Annual administration report of the Civil Veterinary Department of India - 1909-1910
Year: 1909
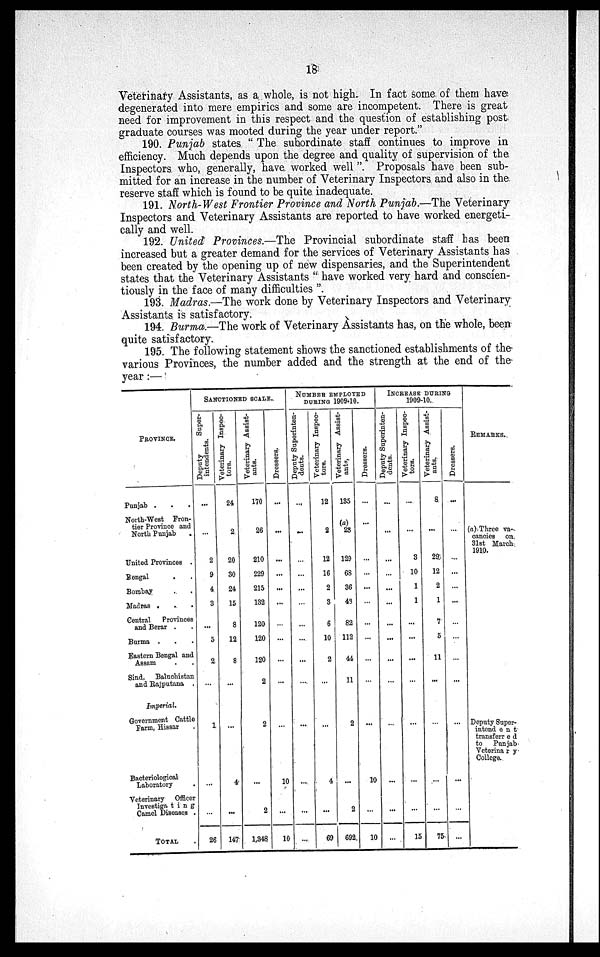
18
Veterinary Assistants, as a whole, is not high. In fact some of them have
degenerated into mere empirics and some are incompetent. There is great
need for improvement in this respect and the question of establishing post
graduate courses was mooted during the year under report."
190. Punjab states "The subordinate staff continues to improve in
efficiency. Much depends upon the degree and quality of supervision of the
Inspectors who, generally, have worked well". Proposals have been sub-
mitted for an increase in the number of Veterinary Inspectors and also in the
reserve staff which is found to be quite inadequate.
191. North-West Frontier Province and North Punjab.—The Veterinary
Inspectors and Veterinary Assistants are reported to have worked energeti-
cally and well.
192. United Provinces.—The Provincial subordinate staff has been
increased but a greater demand for the services of Veterinary Assistants has
been created by the opening up of new dispensaries, and the Superintendent
states that the Veterinary Assistants "have worked very hard and conscien-
tiously in the face of many difficulties".
193. Madras.—The work done by Veterinary Inspectors and Veterinary
Assistants is satisfactory.
194. Burma.—The work of Veterinary Assistants has, on the whole, been
quite satisfactory.
195. The following statement shows the sanctioned establishments of the
various Provinces, the number added and the strength at the end of the
year:—
PROVINCE,
Punjab .
North-West Fron-
tier Province and
North Punjab
.
United Provinces .
Bengal
Bombay
Madras .
Central
Provinces
and Berar .
Burma .
Eastern Bengal and
Assam
Sind, Baluchistan
and Rajputana .
Imperial.
Government Cattlo
Farm, Hissar
Bacteriological
Laboratory
Veterinary
Officer
Jnvestiga ting
Camel Disoasca .
TOTAL
SANCTIONED SCALE.
Deputy
Super-
intendents.
...
2
9
4
3
,„
5
2
...
1
26
Veterinary Inspec-
tors.
24
2
20
30
24
15
8
12
8
4
...
147
Veterinary Assist-
ants.
170
26
210
229
215
132
120
120
120
2
2
...
2
1,348
Dressers.
...
...
...
...
...
...
...
...
...
...
10
...
10
NUMBER EMPLOYED
DURING 1909-10.
I Deputy Suporinten-
1 deuts.
...
...
...
...
• ••
...
...
Veterinary Inspec-
tors.
12
2
12
16
2
3
6
10
2
...
4
...
69
Veterinary Assist-
ants.
135
28
129
6S
36
43
82
112
44
11
2
...
2
692
Dressers.
...
...
...
10
10
INCREASE DURING
1909-10.
Deputy Superinten-
dents.
...
...
...
...
...
...
...
...
...
Veterinary Inspec-
tors.
...
3
10
1
1
...
...
...
15
Veterinary Assist-
ants.
8
...
29
12
2
1
7
5
11
...
...
75
Dressors.
...
...
...
...
...
...
...
REMARKS.
(a) Three va-
cancies ou
31st March
1910.
Deputy Super-
intend e n t
transferred
to
Punjab
Veterina r y
College.